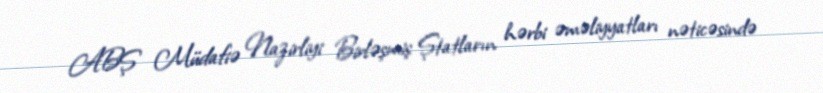
ABŞ Müdafiə Nazirliyi Birləşmiş Ştatların hərbi əməliyyatları nəticəsində